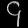
Digit: ၄